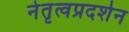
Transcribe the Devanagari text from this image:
नेतृत्वप्रदर्शन